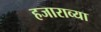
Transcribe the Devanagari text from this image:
हजाराव्या